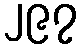
၂၉၇